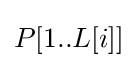
P[1..L[i]]